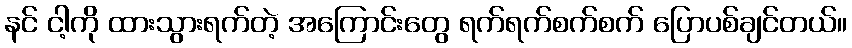
နင် ငါ့ကို ထားသွားရက်တဲ့ အကြောင်းတွေ ရက်ရက်စက်စက် ပြောပစ်ချင်တယ်။